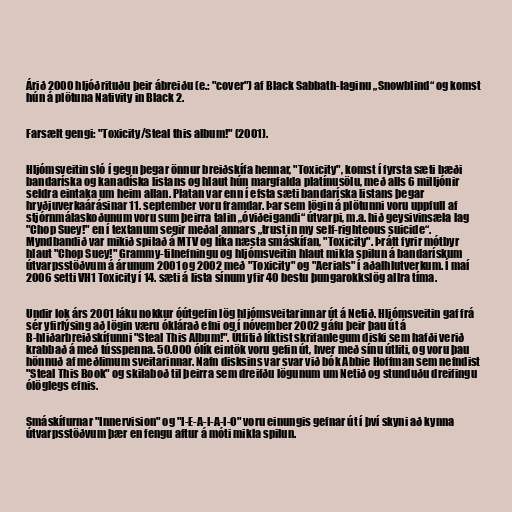
Árið 2000 hljóðrituðu þeir ábreiðu (e.: "cover") af Black Sabbath-laginu „Snowblind“ og komst
hún á plötuna Nativity in Black 2.

Farsælt gengi: "Toxicity/Steal this album!" (2001).

Hljómsveitin sló í gegn þegar önnur breiðskífa hennar, "Toxicity", komst í fyrsta sæti bæði
bandaríska og kanadíska listans og hlaut hún margfalda platínusölu, með alls 6 milljónir
seldra eintaka um heim allan. Platan var enn í efsta sæti bandaríska listans þegar
hryðjuverkaárásinar 11. september voru framdar. Þar sem lögin á plötunni voru uppfull af
stjórnmálaskoðunum voru sum þeirra talin „óviðeigandi“ útvarpi, m.a. hið geysivinsæla lag
"Chop Suey!" en í textanum segir meðal annars „trust in my self-righteous suicide“.
Myndbandið var mikið spilað á MTV og líka næsta smáskífan, "Toxicity". Þrátt fyrir mótbyr
hlaut "Chop Suey!" Grammy-tilnefningu og hljómsveitin hlaut mikla spilun á bandarískum
útvarpsstöðvum á árunum 2001 og 2002 með "Toxicity" og "Aerials" í aðalhlutverkum. Í maí
2006 setti VH1 Toxicity í 14. sæti á lista sínum yfir 40 bestu þungarokkslög allra tíma.

Undir lok árs 2001 láku nokkur óútgefin lög hljómsveitarinnar út á Netið. Hljómsveitin gaf frá
sér yfirlýsing að lögin væru óklárað efni og í nóvember 2002 gáfu þeir þau út á
B-hliðarbreiðskífunni "Steal This Album!". Útlitið líktist skrifanlegum diski sem hafði verið
krabbað á með tússpenna. 50.000 ólík eintök voru gefin út, hver með sínu útliti, og voru þau
hönnuð af meðlimum sveitarinnar. Nafn disksins var svar við bók Abbie Hoffman sem nefndist
"Steal This Book" og skilaboð til þeirra sem dreifðu lögunum um Netið og stunduðu dreifingu
ólöglegs efnis.

Smáskífurnar "Innervision" og "I-E-A-I-A-I-O" voru einungis gefnar út í því skyni að kynna
útvarpsstöðvum þær en fengu aftur á móti mikla spilun.